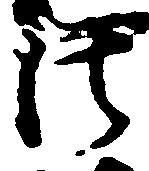
法